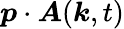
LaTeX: \boldsymbol{p}\cdot\boldsymbol{A}(\boldsymbol{k},t)